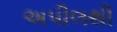
અપીલથી